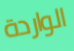
الواردة